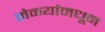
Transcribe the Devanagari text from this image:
मेळयांमधून